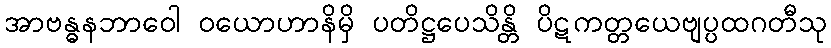
အာဗန္ဓနဘာဝေါ ဝယောဟာနိမှိ ပတိဋ္ဌပေသိန္တိ ပိဋကတ္တယေဗျပ္ပထဂတီသု